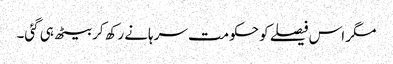
مگر اس فیصلے کو حکومت سرہانے رکھ کر بیٹھ ہی گئی۔